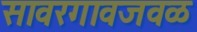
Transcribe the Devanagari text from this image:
सावरगावजवळ